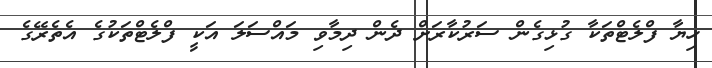
ހިޔާ ފްލެޓްތަކާ ގުޅިގެން ސަރުކާރަށް ދެން ދިމާވި މައްސަލަ އަކީ ފްލެޓްތަކުގެ އެތެރޭގެ